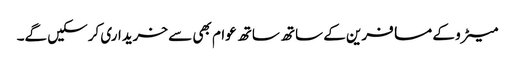
میٹرو کے مسافرین کے ساتھ ساتھ عوام بھی سے خریداری کرسکیں گے۔